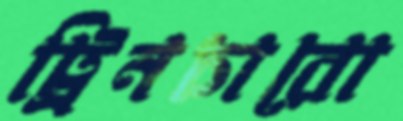
ট্রিনচারো